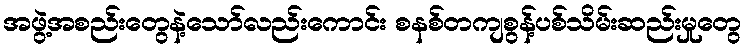
အဖွဲ့အစည်းတွေနဲ့သော်လည်းကောင်း စနစ်တကျစွန့်ပစ်သိမ်းဆည်းမှုတွေ